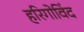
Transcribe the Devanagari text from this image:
हरिगोविंद